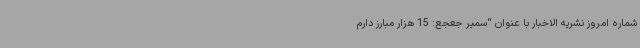
شماره امروز نشریه الاخبار با عنوان “سمیر جعجع: 15 هزار مبارز دارم